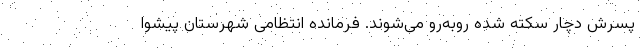
پسرش دچار سکته شده روبه‌رو می‌شوند. فرمانده انتظامی شهرستان پیشوا